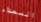
السعداء